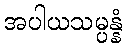
အပါယသမ္ပန္နံ